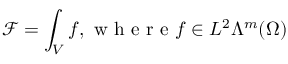
\mathcal { F } = \int _ { V } f , \mathrm { ~ w ~ h ~ e ~ r ~ e ~ } f \in L ^ { 2 } \Lambda ^ { m } ( \Omega )